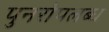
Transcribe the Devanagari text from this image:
पुनरोपलब्ध